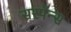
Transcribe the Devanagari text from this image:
सरपॅन्स